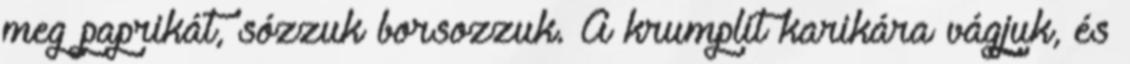
meg paprikát, sózzuk borsozzuk. A krumplit karikára vágjuk, és